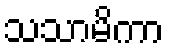
သသာမိကာ